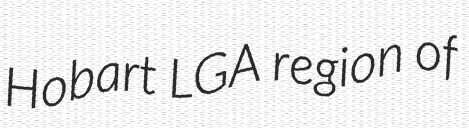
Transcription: Hobart LGA region of